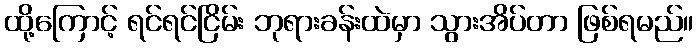
ထို့ကြောင့် ရင်ရင်ငြိမ်း ဘုရားခန်းထဲမှာ သွားအိပ်တာ ဖြစ်ရမည်။